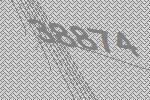
38874